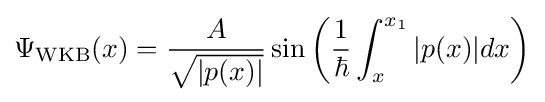
\Psi _{\text{WKB}}(x)={\frac {A}{\sqrt {|p(x)|}}}\sin {\left({\frac {1}{\hbar }}\int _{x}^{x_{1}}|p(x)|dx\right)}